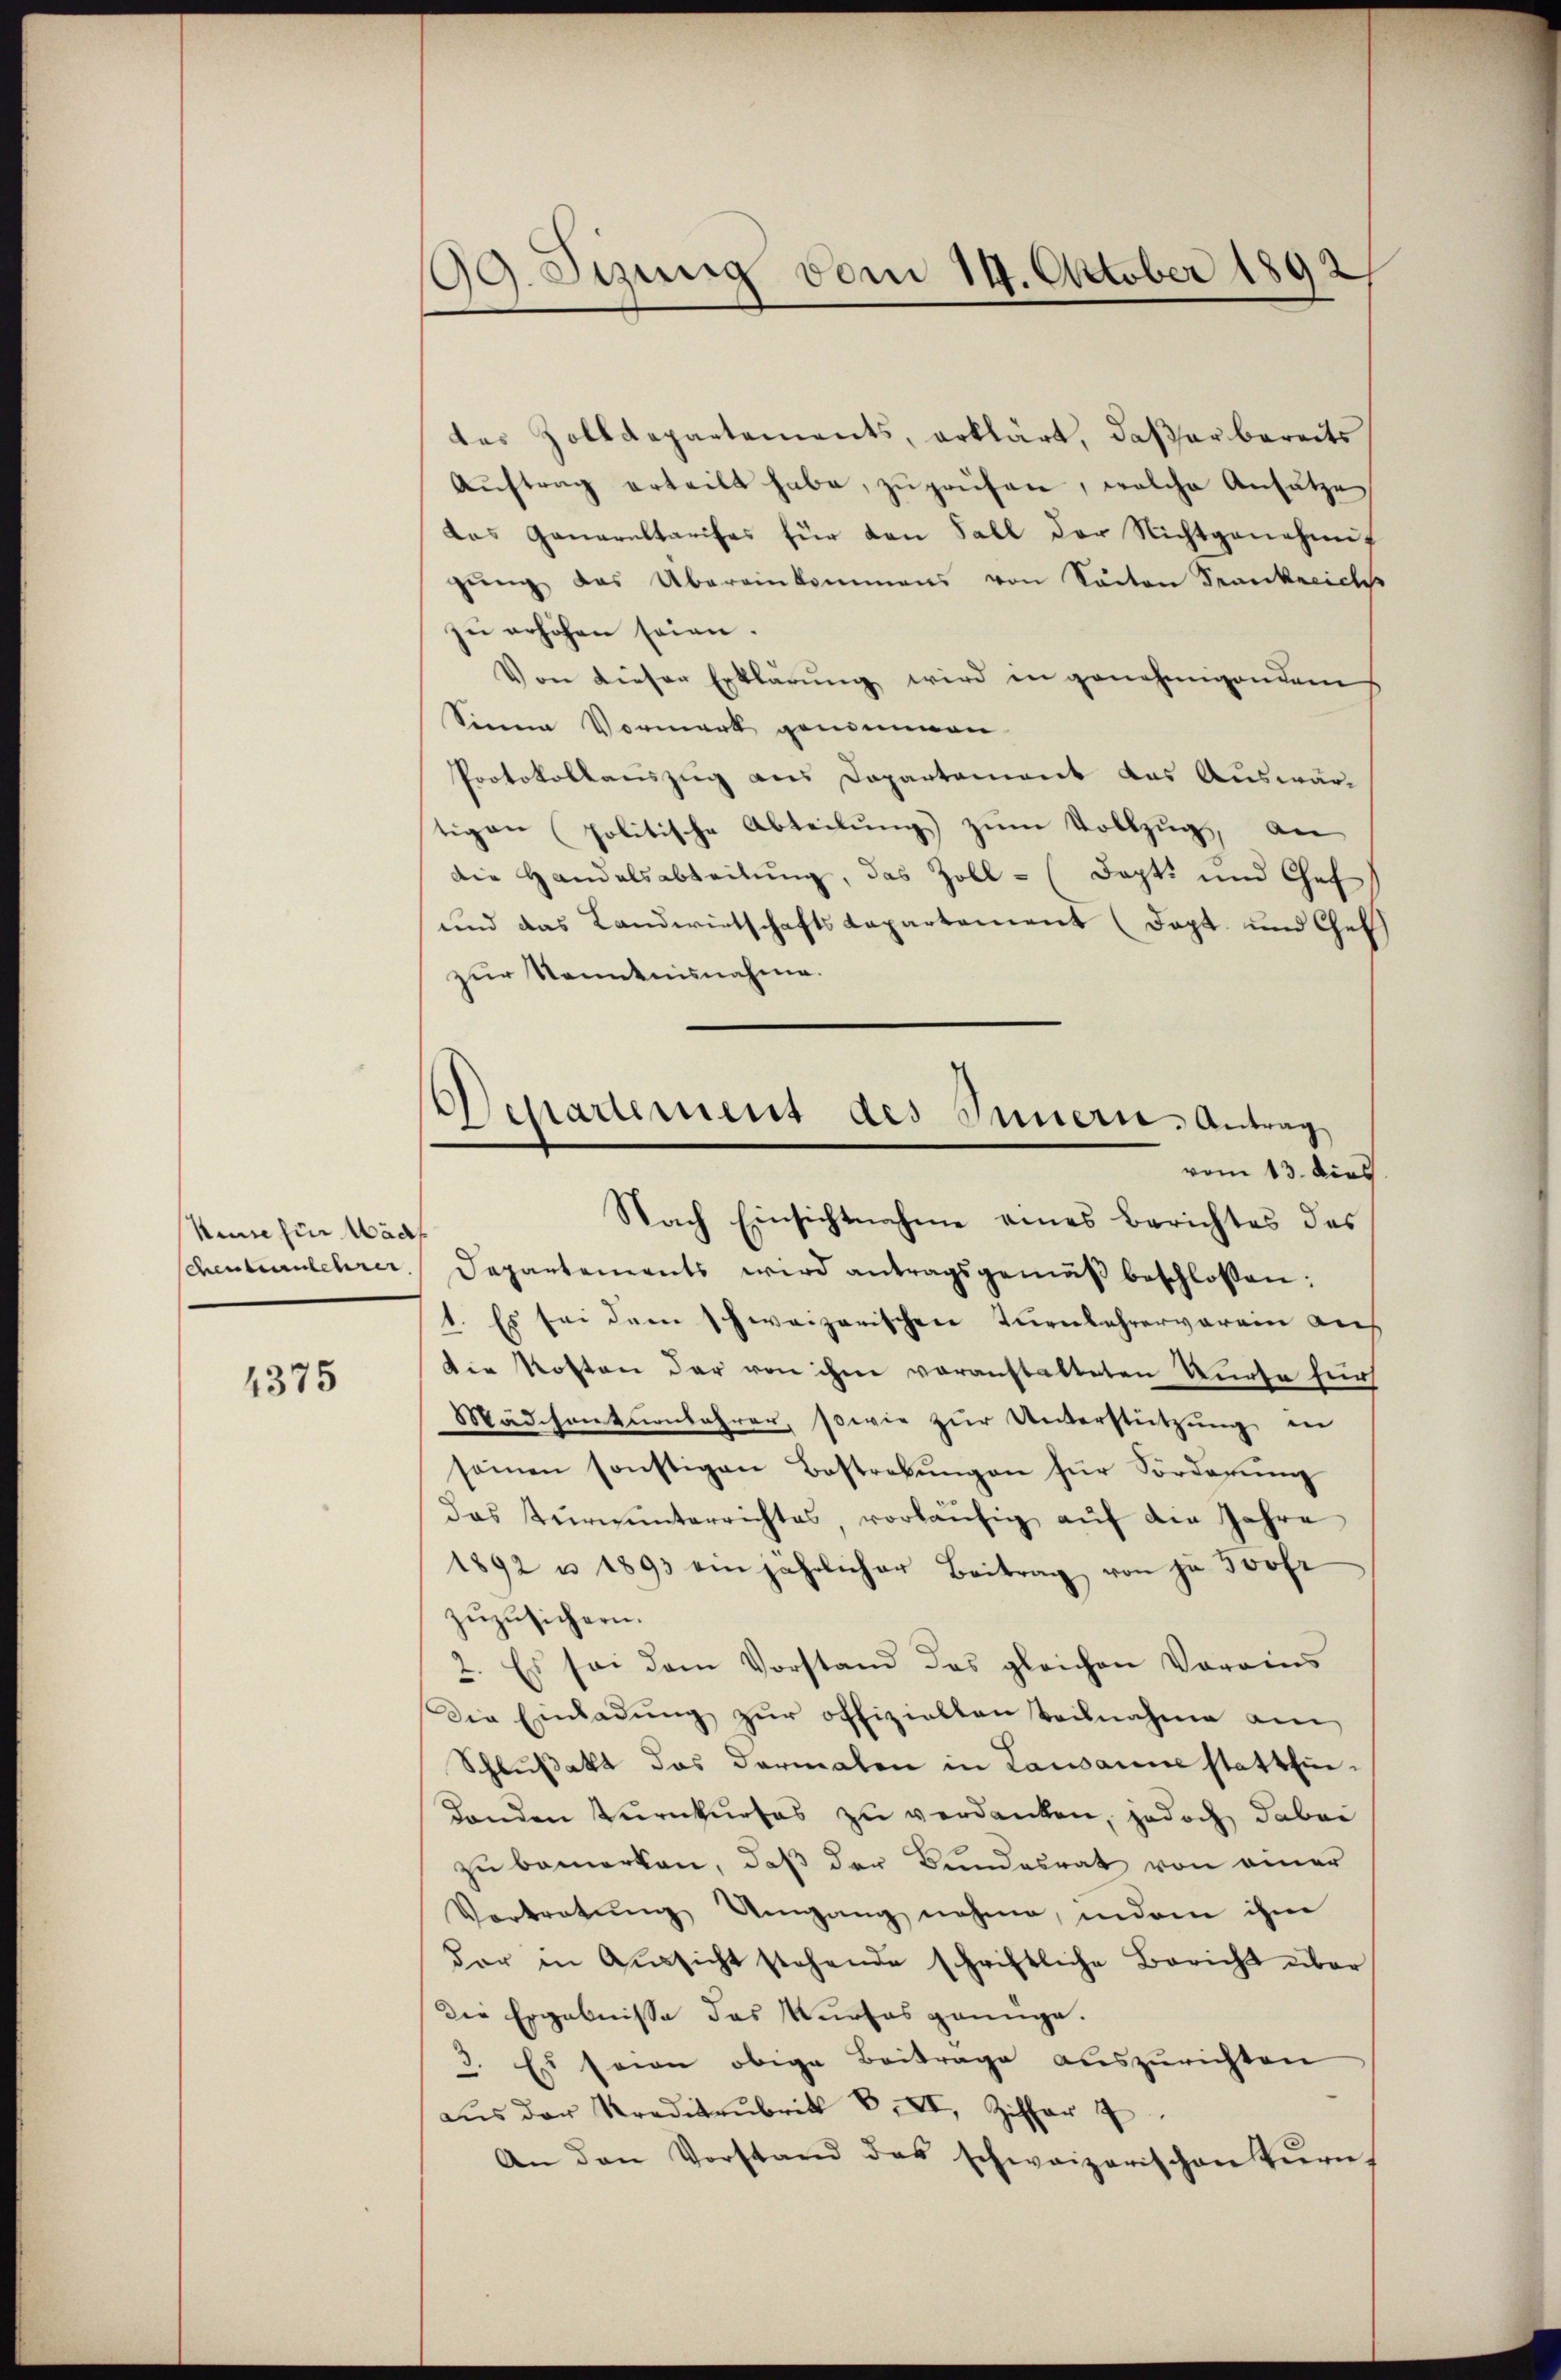
Ninehin Mäd
Cheuternlehrer

4375

09. Stung vom 14. October 1892

Departement des Innern, Antrag
vom 13. dies
Nach Einsichtnahme eines Berichtes des

das Zolldepartements, erklärt, daβ er bereits
Aŭftrag erteilt habe, zŭ prüfen, welche Ansätze
das Ganaraltarises für den Fall der Nichtgenehmig
gŭng das Übereinkommens von Sachen Spankreichs
zŭ erhöhen seien.
Von dieser Erklärŭng wird in genehmigendem
Sinne Vormerk genommen.
Protokollauszug aus Departement das Auswärtigen politische Abteilŭng zum Vollzug, an
die Handelsabteilung, das Zoll- (Dopt und Chef
und das Landwirtschafts Capartement (Dapt. und Chef
zur Kenntnisnahme.
Departements wird antragsgemäβ beschlossen:
1. Es sei dem schweizerischen Turnlehrerverein dies
Die Kosten der von ihm voranstatteten Kurse für
Mädchentenbahrer, sowie zŭr Unterstützŭng in
seinen sonstigen Bestrebŭngen für Vorderŭng
das Kŭrnŭnterrichtes, vorläŭfig aŭf die Jahre
1892 u 1893 ein jährlicher Beitrag von ja soofr
zŭzŭsichern.
2. Es sei dem Vorstand das gleichen Vorains
Die Einladŭng zŭr offizielten Teilnahme am
Schlußakt das darmalen in Lausanne stattfin¬
Landen Turnkurses zu verdanken, jedoch dabei
zu bemerken, daß der Bundesrat von einer
Vertretŭng Umgang nahme, indem ihm
der in Aŭssicht stehende schriftliche Bericht über
die Ergebnisse des Kurfes gannge.
3. Es seien obige Beitrage auszurichten
aŭs der Kreditzubrik S. XI, Ziffer 2
An den Vorstand das schweizerischen Tŭrn